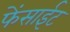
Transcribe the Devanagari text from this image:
फेंसाईट